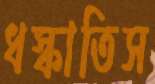
ধস্‌কাতিস